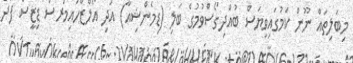
މިބަލިތައް ނޫން ކަމުގައިވިޔަސް ބުއްދިގޯސްވުމުގެ ބަލި (ޑިމެންޝިއާ) އަދި އޯލްޒްހައިމަރސް ޑިޒީސް ފަދަ